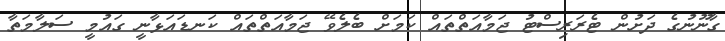
ގާނޫނުގެ ދަށުން ޓެރަރިސްޓު ޖަމާއަތްތައް ކަމަށް ބެލެވޭ ޖަމާއަތްތައް ކަނޑައަޅާނީ ގައުމީ ސަލާމަތާ